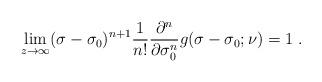
LaTeX: \begin{align*} \lim_{z\to\infty}(\sigma-\sigma_0)^{n+1}\frac{1}{n!}\frac{\partial^n}{\partial \sigma_0^n}g(\sigma-\sigma_0;\nu)=1\ . \end{align*}